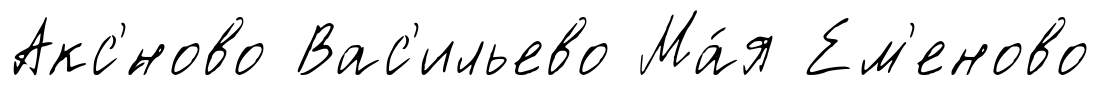
Акс'́ново Вас'ильево Ма́я Ем'еново